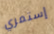
إستمري